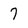
Character: 7